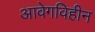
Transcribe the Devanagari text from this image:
आवेगविहीन